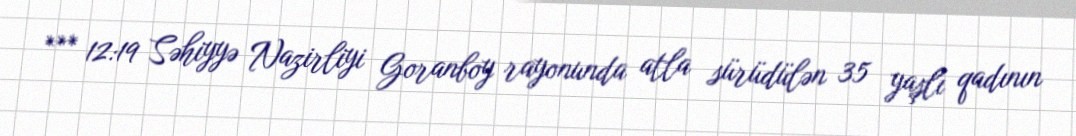
*** 12:19 Səhiyyə Nazirliyi Goranboy rayonunda atla sürüdülən 35 yaşlı qadının